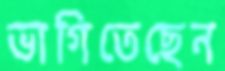
ভাগিতেছেন